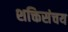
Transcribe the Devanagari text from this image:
शक्तिसंचय